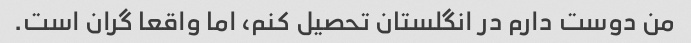
من دوست دارم در انگلستان تحصیل کنم، اما واقعا گران است.